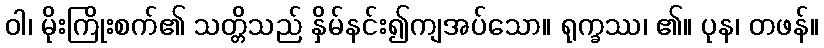
ဝါ၊ မိုးကြိုးစက်၏ သတ္တိသည် နှိမ်နင်း၍ကျအပ်သော။ ရုက္ခဿ၊ ၏။ ပုန၊ တဖန်။